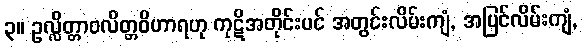
၃။ ဥလ္လိတ္တာဝလိတ္တဝိဟာရဟု ကုဋိအတိုင်းပင် အတွင်းလိမ်းကျံ, အပြင်လိမ်းကျံ,